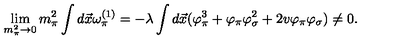
\lim _ { m _ { \pi } ^ { 2 } \rightarrow 0 } m _ { \pi } ^ { 2 } \int d \vec { x } \omega _ { \pi } ^ { ( 1 ) } = - \lambda \int d \vec { x } ( \varphi _ { \pi } ^ { 3 } + \varphi _ { \pi } \varphi _ { \sigma } ^ { 2 } + 2 v \varphi _ { \pi } \varphi _ { \sigma } ) \ne 0 .